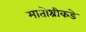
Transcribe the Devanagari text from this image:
मातोश्रीकडे